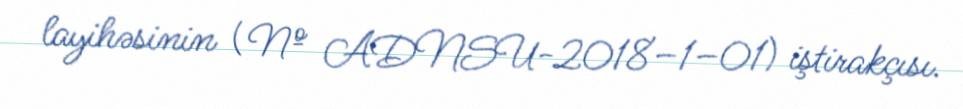
layihəsinin (№ ADNSU-2018–1–01) iştirakçısı.